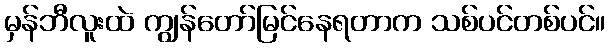
မှန်ဘီလူးထဲ ကျွန်တော်မြင်နေရတာက သစ်ပင်တစ်ပင်။